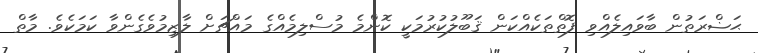
ޙަޟްރަތުން ބާވައިލެއްވި ފޮތްތަކެއްކަން ޤަބޫލުކުރުމަކީ ކޮންމެ މުސްލިމެއްގެ މައްޗަށް ލާޒިމުވެގެންވާ ކަމަކެވެ. މާތް